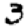
Digit: 3